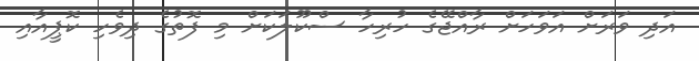
އަދި ވަރަށް އަވަހަށް ރާއްޖޭގެ ހުރިހާ ސްކޫލަކަށް މި ފޮތުގެ ދިވެހި ކޮޕީއާއި